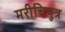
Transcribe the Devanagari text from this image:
मरीचिपुत्र